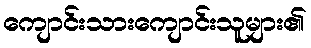
ကျောင်းသားကျောင်းသူများ၏